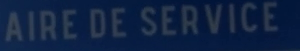
AIRE DE SERVICE